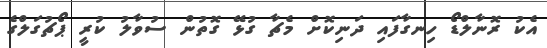
އެކު ރޮނާލްޑޯ ހިނގާފައި ދަނިކޮށް މެޗާ ގުޅޭ ގޮތުން ސުވާލު ކުރީ ޕޯޗުގަލްގެ